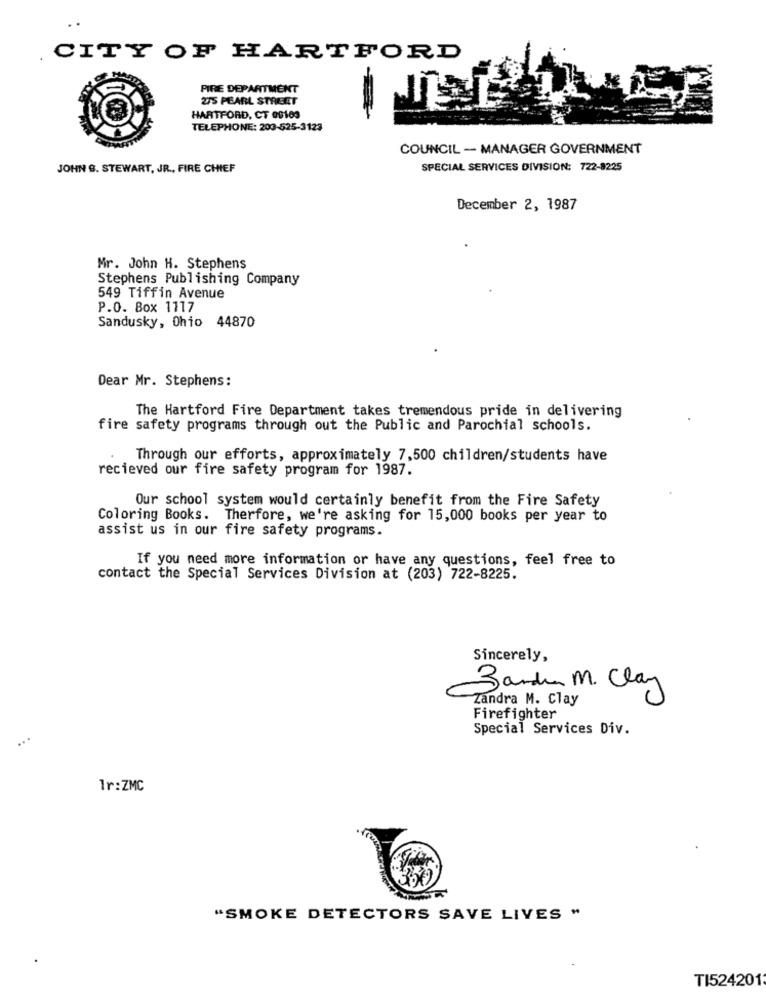
CITY OF HARTFORD
PIRE DEPARTMENT
275 PEARL STREET
HARTFORD, CT 08109
TELEPHONE: 203-525-3123
COUNCIL -- MANAGER GOVERNMENT
JOHN B. STEWART, JR ., FIRE CHIEF
SPECIAL SERVICES DIVISION: 722-8225
December 2, 1987
Mr. John H. Stephens
Stephens Publishing Company
549 Tiffin Avenue
P.O. Box 1117
Sandusky, Ohio 44870
Dear Mr. Stephens:
The Hartford Fire Department takes tremendous pride in delivering
fire safety programs through out the Public and Parochial schools.
Through our efforts, approximately 7,500 children/students have
recieved our fire safety program for 1987.
Our school system would certainly benefit from the Fire Safety
Coloring Books. Therfore, we're asking for 15,000 books per year to
assist us in our fire safety programs.
If you need more information or have any questions, feel free to
contact the Special Services Division at (203) 722-8225.
Sincerely,
Zandin M. Clay
Zandra M. Clay
Firefighter
Special Services Div.
1r:ZMC
"SMOKE DETECTORS SAVE LIVES "
TI524201